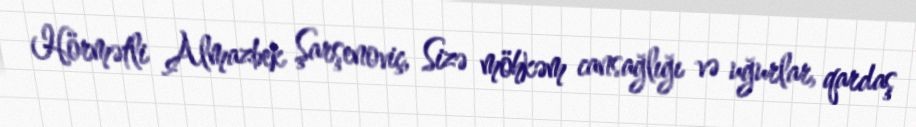
Hörmətli Almazbek Şarşenoviç, Sizə möhkəm cansağlığı və uğurlar, qardaş